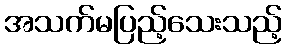
အသက်မပြည့်သေးသည့်